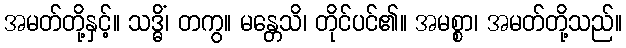
အမတ်တို့နှင့်။ သဒ္ဓိံ၊ တကွ။ မန္တေသိ၊ တိုင်ပင်၏။ အမစ္စာ၊ အမတ်တို့သည်။